Leaving Certificate Examination, 1922
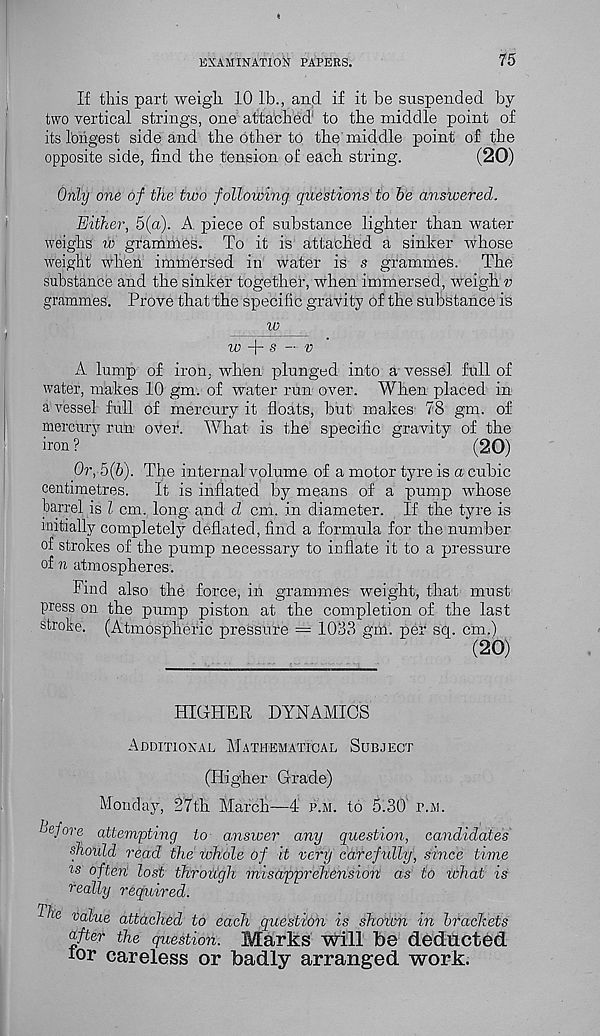
EXAMINATION PAPERS.
75
If this part weigh 10 lb., and if it be suspended by
two vertical strings, one attached to the middle point of
its longest side and the other to the middle point of the
opposite side, find the tension of each string.
(20)
Only one of the two following questions to be answered.
Either, 5(a). A, piece of substance lighter than water
weighs w grammes. To it is attached a sinker whose
weight when immersed in water is s grammes. The
substance and the sinker together, when immersed, weigh v
grammes. Prove that the specific gravity of the substance is
w
w
s — v
A lump of iron, when plunged into a vessel full of
water, makes 10 gm. of water run over. When placed in
a vessel full of mercury it floats, but makes 78 gm. of
mercury run over. What is the specific gravity of the
iron ?
(20)
Or, 5(b). The internal volume of a motor tyre is a cubic
centimetres.
It is inflated by means of a pump whose
barrel is l cm. long and d cm. in diameter. If the tyre is
initially completely deflated, find a formula for the number
of strokes of the pump necessary to inflate it to a pressure
of n atmospheres.
Find also the force, in grammes weight, that must
press on the pump piston at the completion of the last
strobe. (Atmospheric pressure = 1033 gm. per sq. cm.)
(20)
HIGHER DYNAMICS
Additional Mathematical Subject
(Higher Grade)
Monday, 27th March—4 p.m. to 5.30 p.w.
before attempting to answer any question, candidates
should read the whole of it very carefndly, since time
w often lost through misapprehension as to what is
really required.
r Tl, 6 va l u o attached to each question is shown in brachets
after the question. Marks will be deducted
lor careless or badly arranged work.